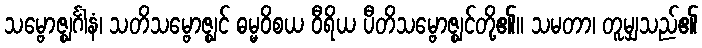
သမ္ဗောဇ္ဈင်္ဂါနံ၊ သတိသမ္ဗောဇ္ဈင် ဓမ္မဝိစယ ဝီရိယ ပီတိသမ္ဗောဇ္ဈင်တို့၏။ သမတာ၊ တူမျှသည်၏